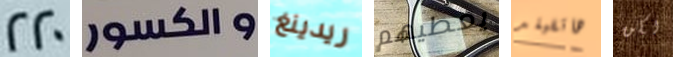
220 والكسور ريدينغ يعطيهم هاتفيلد لكن